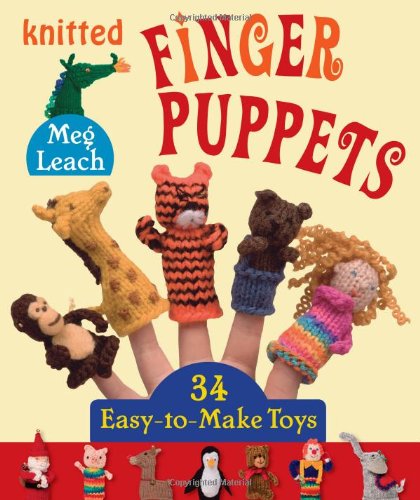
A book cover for Knitted Finger Puppets: 34 Easy-to-Make Toys; Meg Leach; Crafts, Hobbies & Home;